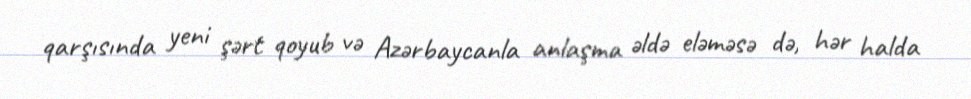
qarşısında yeni şərt qoyub və Azərbaycanla anlaşma əldə eləməsə də, hər halda